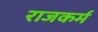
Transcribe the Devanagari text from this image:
राजकर्म